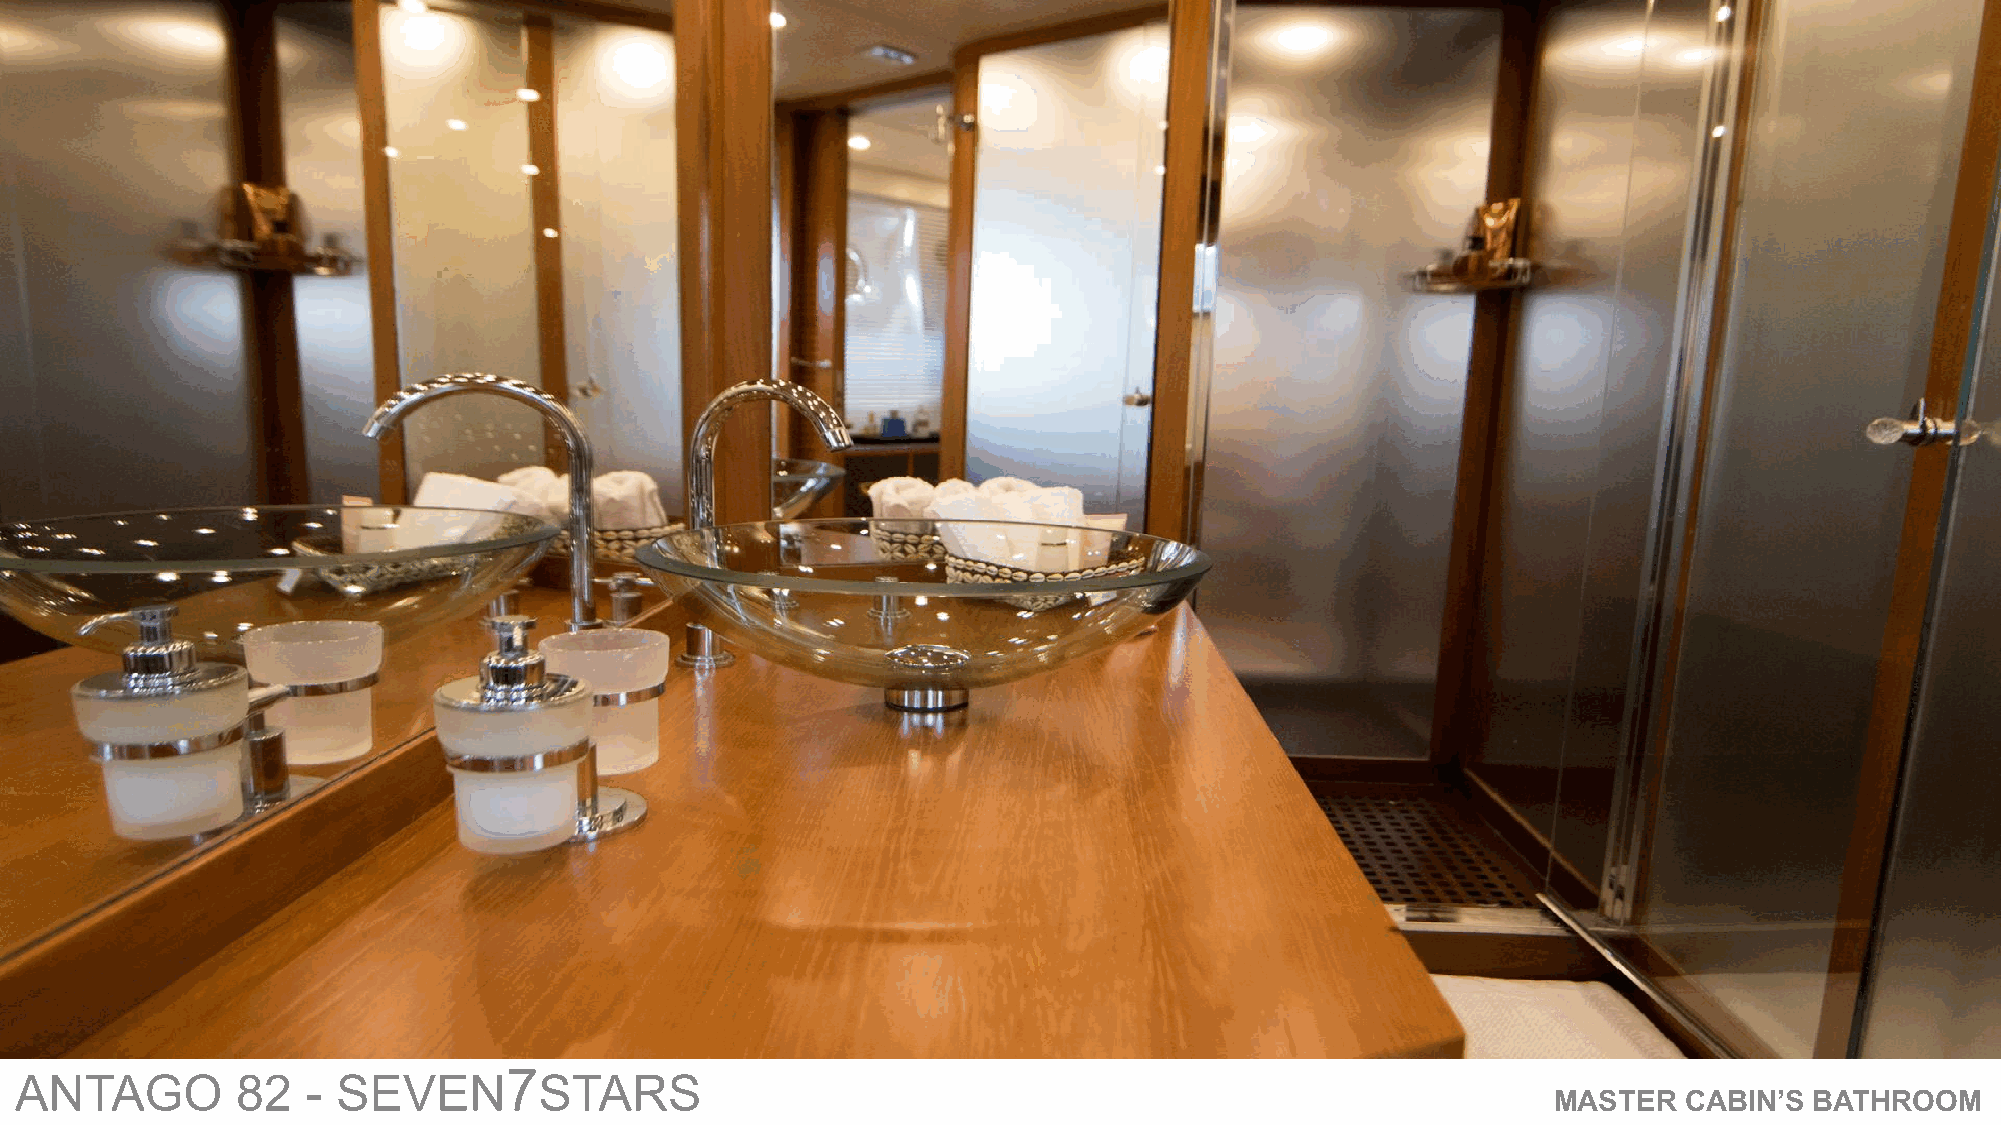
7
 ANTAGO         82  - SEVEN         STARS
 MASTER   CABIN’S BATHROOM